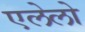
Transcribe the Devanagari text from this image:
एलेलो